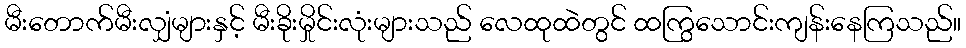
မီးတောက်မီးလျှံများနှင့် မီးခိုးမှိုင်းလုံးများသည် လေထုထဲတွင် ထကြွသောင်းကျန်းနေကြသည်။